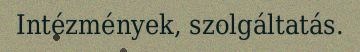
Intézmények, szolgáltatás.